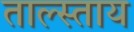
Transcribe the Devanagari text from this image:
ताल्स्ताय